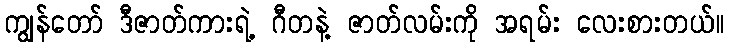
ကျွန်တော် ဒီဇာတ်ကားရဲ့ ဂီတနဲ့ ဇာတ်လမ်းကို အရမ်း လေးစားတယ်။